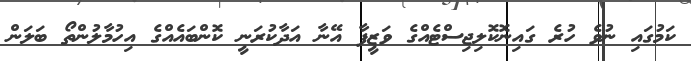
ކަމުގައި ނުވެ ހުރެ ގައިނޮކޮލިޖިސްޓެއްގެ ވަޒީފާ އޭނާ އަދާކުރަނީ ކޮންބައެއްގެ އިހުމާލުންތޯ ބަލަން